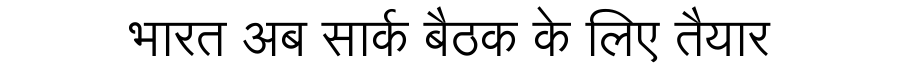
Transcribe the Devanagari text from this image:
भारत अब सार्क बैठक के लिए तैयार